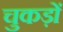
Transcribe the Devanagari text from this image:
चुकड़ों